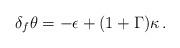
LaTeX: \begin{align*}\delta_f \theta = -\epsilon + (1+\Gamma) \kappa\,.\end{align*}